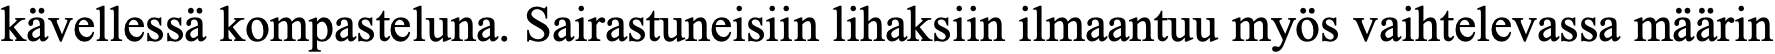
kävellessä kompasteluna. Sairastuneisiin lihaksiin ilmaantuu myös vaihtelevassa määrin